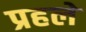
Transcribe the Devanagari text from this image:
प्रहले